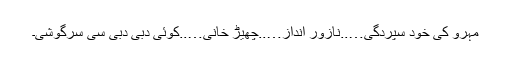
مہرو کی خود سپردگی…..نازور انداز…..چھیڑ خانی…..کوئی دبی دبی سی سرگوشی۔